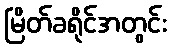
မြိတ်ခရိုင်အတွင်း